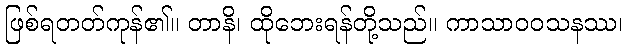
ဖြစ်ရတတ်ကုန်၏။ တာနိ၊ ထိုဘေးရန်တို့သည်။ ကာသာဝဝသနဿ၊